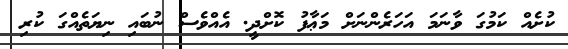
ކުށެއް ކަމުގަ ވާނަމަ އަހަރެންނަށް މަޢާފު ކޮށްދީ. އެއްވެސް ނުބައި ނިޔަތެއްގަ ކުރި